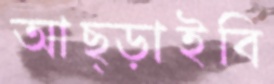
আছ্‌ড়াইবি